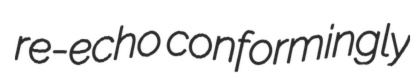
re-echo conformingly